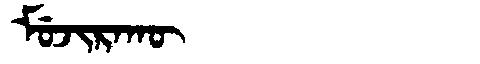
Manchu: ᠮᡠᠵᡳᡵᠠᡴᡡ
Romanization: MUJIRAKŪ